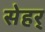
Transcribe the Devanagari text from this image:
सेहर्